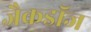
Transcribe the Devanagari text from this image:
जैकडॉज